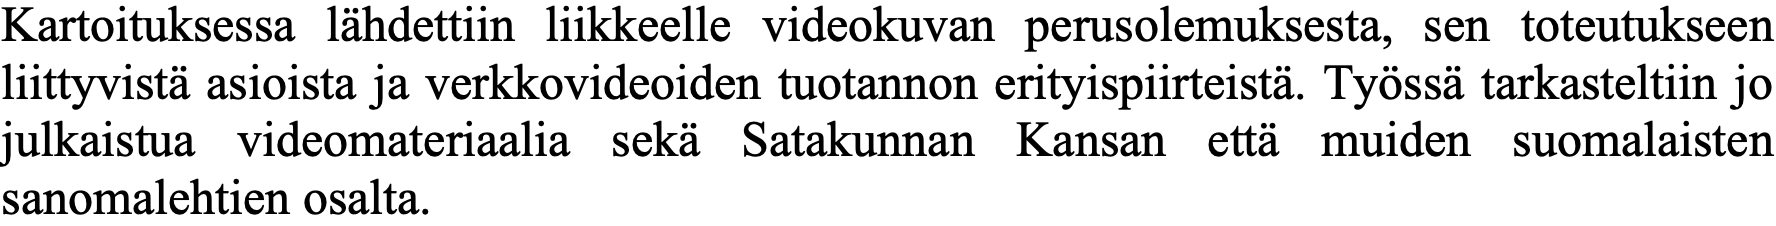
Kartoituksessa lähdettiin liikkeelle videokuvan perusolemuksesta, sen toteutukseen liittyvistä asioista ja verkkovideoiden tuotannon erityispiirteistä. Työssä tarkasteltiin jo julkaistua videomateriaalia sekä Satakunnan Kansan että muiden suomalaisten sanomalehtien osalta.